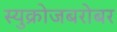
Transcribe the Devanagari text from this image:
स्युक्रोजबरोबर